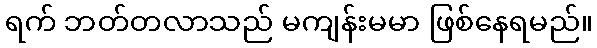
ရက် ဘတ်တလာသည် မကျန်းမမာ ဖြစ်နေရမည်။